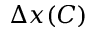
\Delta x ( C )